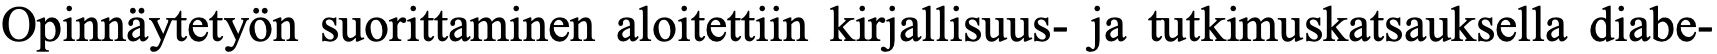
Opinnäytetyön suorittaminen aloitettiin kirjallisuus- ja tutkimuskatsauksella diabe-